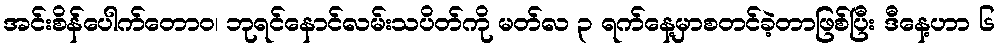
အင်းစိန်ပေါက်တောဝ၊ ဘုရင်နောင်လမ်းသပိတ်ကို မတ်လ ၃ ရက်နေ့မှာစတင်ခဲ့တာဖြစ်ပြီး ဒီနေ့ဟာ ၆